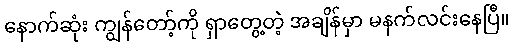
နောက်ဆုံး ကျွန်တော့်ကို ရှာတွေ့တဲ့ အချိန်မှာ မနက်လင်းနေပြီ။